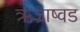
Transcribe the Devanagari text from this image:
ऋज्राष्वड